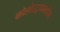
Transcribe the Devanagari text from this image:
कोलोस्ट्रममधील